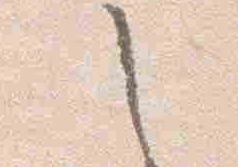
之